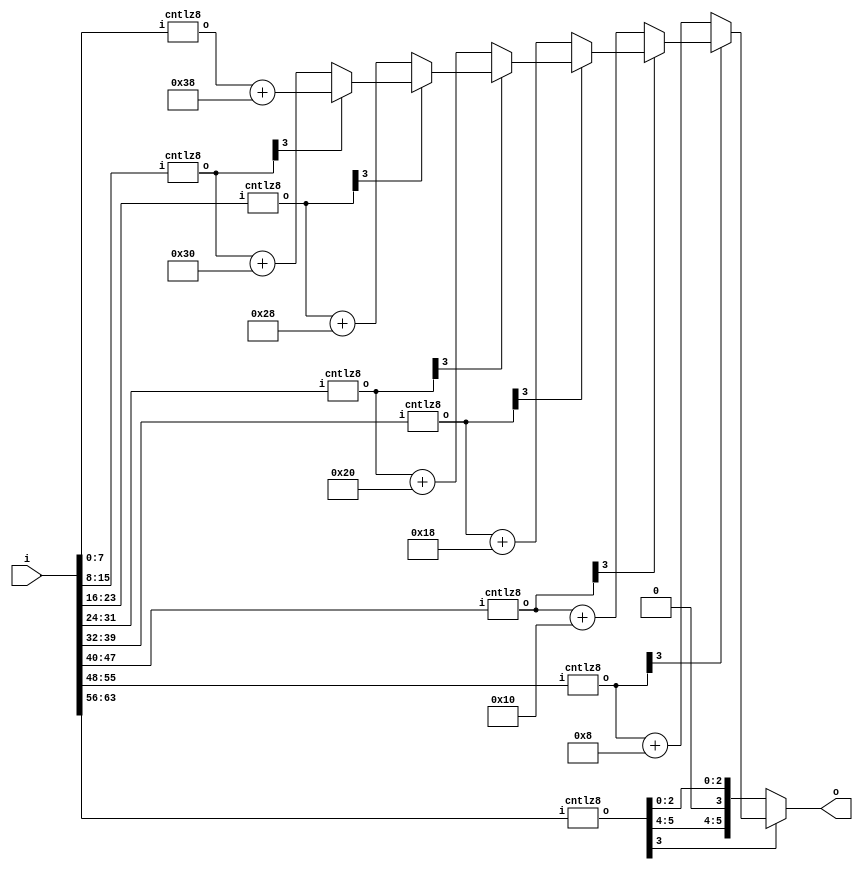
//******************************************************************************
// Copyright (c) 2018 - 2023, Indian Institute of Science, Bangalore.
// All Rights Reserved. See LICENSE for license details.
//------------------------------------------------------------------------------

// Contributors // Manish Kumar(manishkumar5@iisc.ac.in), Shubham Yadav(shubhamyadav@iisc.ac.in)
// Sajin S (sajins@alum.iisc.ac.in), Shubham Sunil Garag (shubhamsunil@alum.iisc.ac.in)
// Anuj Phegade (anujphegade@alum.iisc.ac.in), Deepshikha Gusain (deepshikhag@alum.iisc.ac.in)
// Ronit Patel (ronitpatel@alum.iisc.ac.in), Vishal Kumar (vishalkumar@alum.iisc.ac.in)
// Kuruvilla Varghese (kuru@iisc.ac.in)
//******************************************************************************
`timescale 1ns/1ps

module FPLZC
(
    input  wire [63:0] i,
    output wire [5:0] o
);

wire [5:0] cnt1, cnt2, cnt3, cnt4, cnt5, cnt6, cnt7, cnt8;

// cntlz8 results in faster result than cntlz16
cntlz8 u1 (i[ 7: 0],cnt1);
cntlz8 u2 (i[15: 8],cnt2);
cntlz8 u3 (i[23:16],cnt3);
cntlz8 u4 (i[31:24],cnt4);
cntlz8 u5 (i[39:32],cnt5);
cntlz8 u6 (i[47:40],cnt6);
cntlz8 u7 (i[55:48],cnt7);
cntlz8 u8 (i[63:56],cnt8);

assign o =
    !cnt8[3] ? cnt8 :
    !cnt7[3] ? cnt7 + 6'd8 :
    !cnt6[3] ? cnt6 + 6'd16 :
    !cnt5[3] ? cnt5 + 6'd24 :
    !cnt4[3] ? cnt4 + 6'd32 :
    !cnt3[3] ? cnt3 + 6'd40 :
    !cnt2[3] ? cnt2 + 6'd48 :
    cnt1 + 6'd56;

endmodule

module cntlz8
(
    input  wire [7:0] i,
    output reg  [5:0] o
);

always @(i) begin
    case (i)
    8'b00000000:    o = 8;
    8'b00000001:    o = 7;
    8'b00000010:    o = 6;
    8'b00000011:    o = 6;
    8'b00000100:    o = 5;
    8'b00000101:    o = 5;
    8'b00000110:    o = 5;
    8'b00000111:    o = 5;
    8'b00001000:    o = 4;
    8'b00001001:    o = 4;
    8'b00001010:    o = 4;
    8'b00001011:    o = 4;
    8'b00001100:    o = 4;
    8'b00001101:    o = 4;
    8'b00001110:    o = 4;
    8'b00001111:    o = 4;

    8'b00010000:    o = 3;
    8'b00010001:    o = 3;
    8'b00010010:    o = 3;
    8'b00010011:    o = 3;
    8'b00010100:    o = 3;
    8'b00010101:    o = 3;
    8'b00010110:    o = 3;
    8'b00010111:    o = 3;
    8'b00011000:    o = 3;
    8'b00011001:    o = 3;
    8'b00011010:    o = 3;
    8'b00011011:    o = 3;
    8'b00011100:    o = 3;
    8'b00011101:    o = 3;
    8'b00011110:    o = 3;
    8'b00011111:    o = 3;

    8'b00100000:    o = 2;
    8'b00100001:    o = 2;
    8'b00100010:    o = 2;
    8'b00100011:    o = 2;
    8'b00100100:    o = 2;
    8'b00100101:    o = 2;
    8'b00100110:    o = 2;
    8'b00100111:    o = 2;
    8'b00101000:    o = 2;
    8'b00101001:    o = 2;
    8'b00101010:    o = 2;
    8'b00101011:    o = 2;
    8'b00101100:    o = 2;
    8'b00101101:    o = 2;
    8'b00101110:    o = 2;
    8'b00101111:    o = 2;

    8'b00110000:    o = 2;
    8'b00110001:    o = 2;
    8'b00110010:    o = 2;
    8'b00110011:    o = 2;
    8'b00110100:    o = 2;
    8'b00110101:    o = 2;
    8'b00110110:    o = 2;
    8'b00110111:    o = 2;
    8'b00111000:    o = 2;
    8'b00111001:    o = 2;
    8'b00111010:    o = 2;
    8'b00111011:    o = 2;
    8'b00111100:    o = 2;
    8'b00111101:    o = 2;
    8'b00111110:    o = 2;
    8'b00111111:    o = 2;

    // 44 - 1
    8'b01000000:    o = 1;
    8'b01000001:    o = 1;
    8'b01000010:    o = 1;
    8'b01000011:    o = 1;
    8'b01000100:    o = 1;
    8'b01000101:    o = 1;
    8'b01000110:    o = 1;
    8'b01000111:    o = 1;
    8'b01001000:    o = 1;
    8'b01001001:    o = 1;
    8'b01001010:    o = 1;
    8'b01001011:    o = 1;
    8'b01001100:    o = 1;
    8'b01001101:    o = 1;
    8'b01001110:    o = 1;
    8'b01001111:    o = 1;

    8'b01010000:    o = 1;
    8'b01010001:    o = 1;
    8'b01010010:    o = 1;
    8'b01010011:    o = 1;
    8'b01010100:    o = 1;
    8'b01010101:    o = 1;
    8'b01010110:    o = 1;
    8'b01010111:    o = 1;
    8'b01011000:    o = 1;
    8'b01011001:    o = 1;
    8'b01011010:    o = 1;
    8'b01011011:    o = 1;
    8'b01011100:    o = 1;
    8'b01011101:    o = 1;
    8'b01011110:    o = 1;
    8'b01011111:    o = 1;

    8'b01100000:    o = 1;
    8'b01100001:    o = 1;
    8'b01100010:    o = 1;
    8'b01100011:    o = 1;
    8'b01100100:    o = 1;
    8'b01100101:    o = 1;
    8'b01100110:    o = 1;
    8'b01100111:    o = 1;
    8'b01101000:    o = 1;
    8'b01101001:    o = 1;
    8'b01101010:    o = 1;
    8'b01101011:    o = 1;
    8'b01101100:    o = 1;
    8'b01101101:    o = 1;
    8'b01101110:    o = 1;
    8'b01101111:    o = 1;

    8'b01110000:    o = 1;
    8'b01110001:    o = 1;
    8'b01110010:    o = 1;
    8'b01110011:    o = 1;
    8'b01110100:    o = 1;
    8'b01110101:    o = 1;
    8'b01110110:    o = 1;
    8'b01110111:    o = 1;
    8'b01111000:    o = 1;
    8'b01111001:    o = 1;
    8'b01111010:    o = 1;
    8'b01111011:    o = 1;
    8'b01111100:    o = 1;
    8'b01111101:    o = 1;
    8'b01111110:    o = 1;
    8'b01111111:    o = 1;

    //  - 2
    8'b10000000:    o = 0;
    8'b10000001:    o = 0;
    8'b10000010:    o = 0;
    8'b10000011:    o = 0;
    8'b10000100:    o = 0;
    8'b10000101:    o = 0;
    8'b10000110:    o = 0;
    8'b10000111:    o = 0;
    8'b10001000:    o = 0;
    8'b10001001:    o = 0;
    8'b10001010:    o = 0;
    8'b10001011:    o = 0;
    8'b10001100:    o = 0;
    8'b10001101:    o = 0;
    8'b10001110:    o = 0;
    8'b10001111:    o = 0;

    8'b10010000:    o = 0;
    8'b10010001:    o = 0;
    8'b10010010:    o = 0;
    8'b10010011:    o = 0;
    8'b10010100:    o = 0;
    8'b10010101:    o = 0;
    8'b10010110:    o = 0;
    8'b10010111:    o = 0;
    8'b10011000:    o = 0;
    8'b10011001:    o = 0;
    8'b10011010:    o = 0;
    8'b10011011:    o = 0;
    8'b10011100:    o = 0;
    8'b10011101:    o = 0;
    8'b10011110:    o = 0;
    8'b10011111:    o = 0;

    8'b10100000:    o = 0;
    8'b10100001:    o = 0;
    8'b10100010:    o = 0;
    8'b10100011:    o = 0;
    8'b10100100:    o = 0;
    8'b10100101:    o = 0;
    8'b10100110:    o = 0;
    8'b10100111:    o = 0;
    8'b10101000:    o = 0;
    8'b10101001:    o = 0;
    8'b10101010:    o = 0;
    8'b10101011:    o = 0;
    8'b10101100:    o = 0;
    8'b10101101:    o = 0;
    8'b10101110:    o = 0;
    8'b10101111:    o = 0;

    8'b10110000:    o = 0;
    8'b10110001:    o = 0;
    8'b10110010:    o = 0;
    8'b10110011:    o = 0;
    8'b10110100:    o = 0;
    8'b10110101:    o = 0;
    8'b10110110:    o = 0;
    8'b10110111:    o = 0;
    8'b10111000:    o = 0;
    8'b10111001:    o = 0;
    8'b10111010:    o = 0;
    8'b10111011:    o = 0;
    8'b10111100:    o = 0;
    8'b10111101:    o = 0;
    8'b10111110:    o = 0;
    8'b10111111:    o = 0;

    // 44 - 3
    8'b11000000:    o = 0;
    8'b11000001:    o = 0;
    8'b11000010:    o = 0;
    8'b11000011:    o = 0;
    8'b11000100:    o = 0;
    8'b11000101:    o = 0;
    8'b11000110:    o = 0;
    8'b11000111:    o = 0;
    8'b11001000:    o = 0;
    8'b11001001:    o = 0;
    8'b11001010:    o = 0;
    8'b11001011:    o = 0;
    8'b11001100:    o = 0;
    8'b11001101:    o = 0;
    8'b11001110:    o = 0;
    8'b11001111:    o = 0;

    8'b11010000:    o = 0;
    8'b11010001:    o = 0;
    8'b11010010:    o = 0;
    8'b11010011:    o = 0;
    8'b11010100:    o = 0;
    8'b11010101:    o = 0;
    8'b11010110:    o = 0;
    8'b11010111:    o = 0;
    8'b11011000:    o = 0;
    8'b11011001:    o = 0;
    8'b11011010:    o = 0;
    8'b11011011:    o = 0;
    8'b11011100:    o = 0;
    8'b11011101:    o = 0;
    8'b11011110:    o = 0;
    8'b11011111:    o = 0;

    8'b11100000:    o = 0;
    8'b11100001:    o = 0;
    8'b11100010:    o = 0;
    8'b11100011:    o = 0;
    8'b11100100:    o = 0;
    8'b11100101:    o = 0;
    8'b11100110:    o = 0;
    8'b11100111:    o = 0;
    8'b11101000:    o = 0;
    8'b11101001:    o = 0;
    8'b11101010:    o = 0;
    8'b11101011:    o = 0;
    8'b11101100:    o = 0;
    8'b11101101:    o = 0;
    8'b11101110:    o = 0;
    8'b11101111:    o = 0;

    8'b11110000:    o = 0;
    8'b11110001:    o = 0;
    8'b11110010:    o = 0;
    8'b11110011:    o = 0;
    8'b11110100:    o = 0;
    8'b11110101:    o = 0;
    8'b11110110:    o = 0;
    8'b11110111:    o = 0;
    8'b11111000:    o = 0;
    8'b11111001:    o = 0;
    8'b11111010:    o = 0;
    8'b11111011:    o = 0;
    8'b11111100:    o = 0;
    8'b11111101:    o = 0;
    8'b11111110:    o = 0;
    8'b11111111:    o = 0;
    endcase
end
endmodule